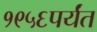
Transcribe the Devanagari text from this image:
१९५६पर्यंत